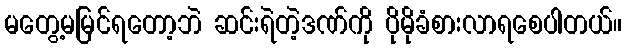
မတွေ့မမြင်ရတော့ဘဲ ဆင်းရဲတဲ့ဒဏ်ကို ပိုမိုခံစားလာရစေပါတယ်။